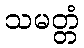
သမတ္တံ